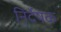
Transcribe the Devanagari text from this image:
निर्देषंक